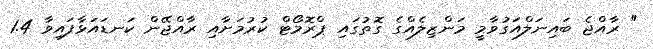
" ރާއްޖެ ބައިނަލްއަގުވާމީ މަންޒިލެއްގެ ގޮތުގައި ޕްރޮމޯޓް ކުރުމަށާއި ރާއްޖޭން ކަނޑައަޅާފައިވާ 1.4